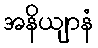
အနိယျာနံ